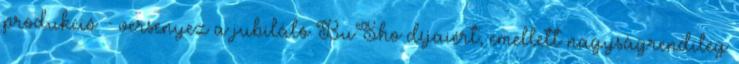
produkció - versenyez a jubiláló BuSho díjaiért, emellett nagyságrendileg